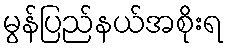
မွန်ပြည်နယ်အစိုးရ